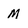
Character: m